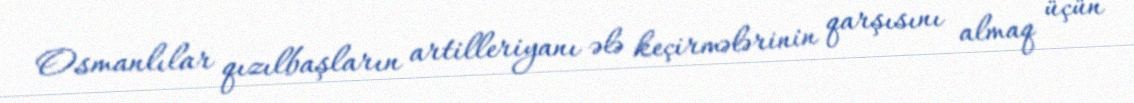
Osmanlılar qızılbaşların artilleriyanı ələ keçirmələrinin qarşısını almaq üçün